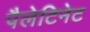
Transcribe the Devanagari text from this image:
पैलेटिनेट